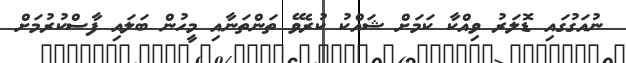
ނުއަގުގައި ޑޮލަރު ވިއްކާ ކަމަށް ޝައްކު ކުރެވޭ ތަންތަނާއި މީހުން ބަލައި ފާސްކުރުމަށް